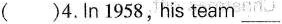
( )4.In 1958, his team___